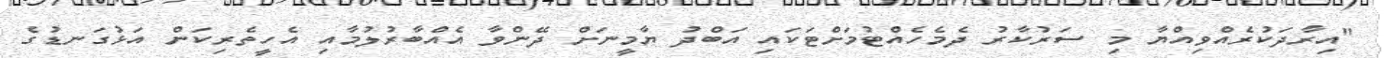
"އިރާދަކުރެއްވިއްޔާ މި ސަރުކާރު ދެމެހެއްޓުމަށްޓަކައި އަބްދު ޔާމީނަށް ދޭންވާ އެއްބާރުލުމާއި އެހީތެރިކަން އަޅުގަނޑުގެ